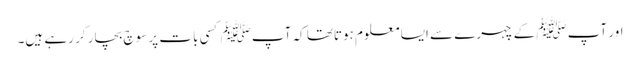
اور آپﷺ کے چہرے سے ایسا معلوم ہوتاتھا کہ آپﷺ کسی بات پر سوچ بچار کر رہے ہیں۔